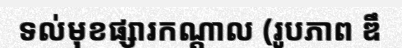
ទល់មុខផ្សារកណ្តាល (រូបភាព ឌឹ